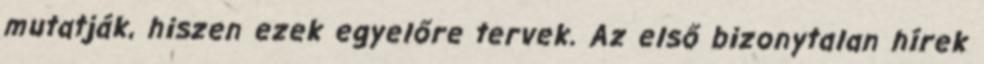
mutatják, hiszen ezek egyelőre tervek. Az első bizonytalan hírek